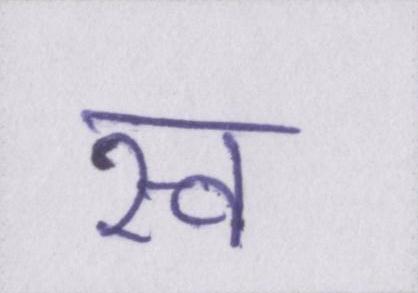
स्व